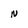
Character: N